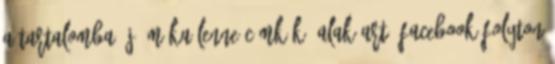
a tartalomba: jó móka lenne Címkék: alak-art, facebook folyton